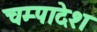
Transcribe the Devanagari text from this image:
चम्पादेश